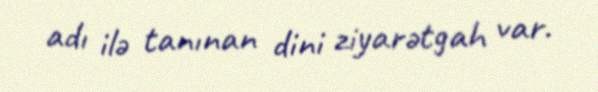
adı ilə tanınan dini ziyarətgah var.